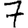
Digit: 7